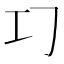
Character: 𢀕